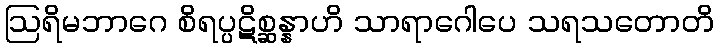
ဩရိမဘာဂေ စိရပ္ပဋိစ္ဆန္နာဟိ သာရာဂေါပေ သရသတောတိ